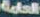
العامة